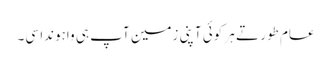
عام طور تے ہر کوئی آپنی زمین آپ ہی واہوندا سی۔